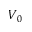
V _ { 0 }